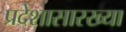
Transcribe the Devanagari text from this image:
प्रदेशासारख्या